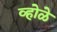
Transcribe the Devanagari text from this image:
व्होळे